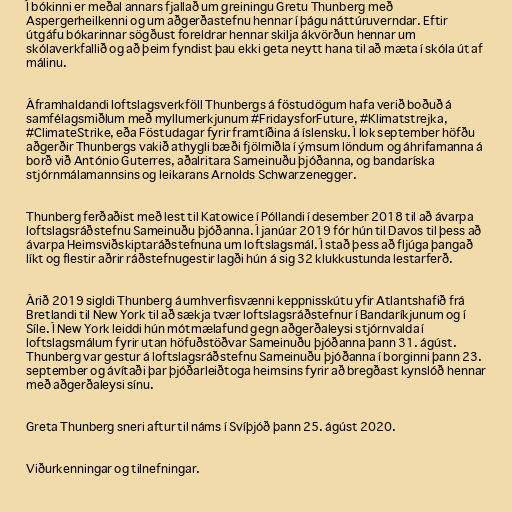
Í bókinni er meðal annars fjallað um greiningu Gretu Thunberg með
Aspergerheilkenni og um aðgerðastefnu hennar í þágu náttúruverndar. Eftir
útgáfu bókarinnar sögðust foreldrar hennar skilja ákvörðun hennar um
skólaverkfallið og að þeim fyndist þau ekki geta neytt hana til að mæta í skóla út af
málinu.

Áframhaldandi loftslagsverkföll Thunbergs á föstudögum hafa verið boðuð á
samfélagsmiðlum með myllumerkjunum #FridaysforFuture, #Klimatstrejka,
#ClimateStrike, eða Föstudagar fyrir framtíðina á íslensku. Í lok september höfðu
aðgerðir Thunbergs vakið athygli bæði fjölmiðla í ýmsum löndum og áhrifamanna á
borð við António Guterres, aðalritara Sameinuðu þjóðanna, og bandaríska
stjórnmálamannsins og leikarans Arnolds Schwarzenegger.

Thunberg ferðaðist með lest til Katowice í Póllandi í desember 2018 til að ávarpa
lofts­lags­ráðstefnu Sam­einuðu þjóðanna. Í janúar 2019 fór hún til Davos til þess að
ávarpa Heimsviðskiptaráðstefnuna um loftslagsmál. Í stað þess að fljúga þangað
líkt og flestir aðrir ráðstefnugestir lagði hún á sig 32 klukkustunda lestarferð.

Árið 2019 sigldi Thunberg á umhverfisvænni keppnisskútu yfir Atlantshafið frá
Bretlandi til New York til að sækja tvær loftslagsráðstefnur í Bandaríkjunum og í
Síle. Í New York leiddi hún mótmælafund gegn aðgerðaleysi stjórnvalda í
loftslagsmálum fyrir utan höfuðstöðvar Sameinuðu þjóðanna þann 31. ágúst.
Thunberg var gestur á loftslagsráðstefnu Sameinuðu þjóðanna í borginni þann 23.
september og ávítaði þar þjóðarleiðtoga heimsins fyrir að bregðast kynslóð hennar
með aðgerðaleysi sínu.

Greta Thunberg sneri aftur til náms í Svíþjóð þann 25. ágúst 2020.

Viðurkenningar og tilnefningar.